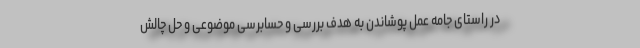
در راستای جامه عمل پوشاندن به هدف بررسی و حسابرسی موضوعی و حل چالش